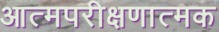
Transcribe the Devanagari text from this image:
आत्मपरीक्षणात्मक